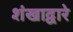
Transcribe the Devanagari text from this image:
शंखाद्वारे